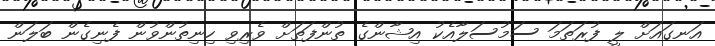
އަނގައަށް ލީ ފުރަތަމަ ސަމުސަލާއެކު އިޝާންގެ ތުންފަތަށް ވެރިވި ހިނިތުންވުން ފެނިގެން ބަލަން